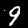
Label: 9